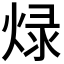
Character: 𤊒